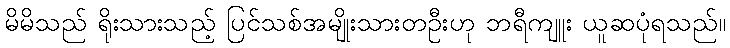
မိမိသည် ရိုးသားသည့် ပြင်သစ်အမျိုးသားတဦးဟု ဘရီကျူး ယူဆပုံရသည်။